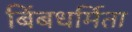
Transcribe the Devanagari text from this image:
बिंबधर्मिता